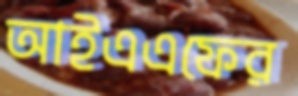
আইএএফের